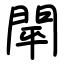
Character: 閛